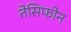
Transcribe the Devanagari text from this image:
तेसिफोन